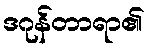
ဒဂုန်တာရာ၏